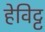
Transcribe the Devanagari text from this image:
हेविट्ट